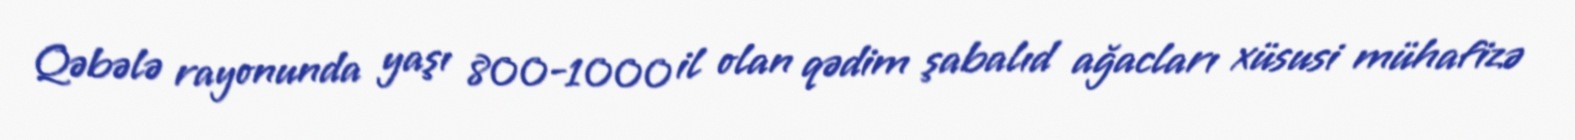
Qəbələ rayonunda yaşı 800-1000 il olan qədim şabalıd ağacları xüsusi mühafizə